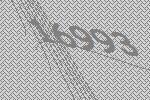
16993